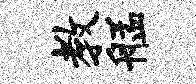
教艋